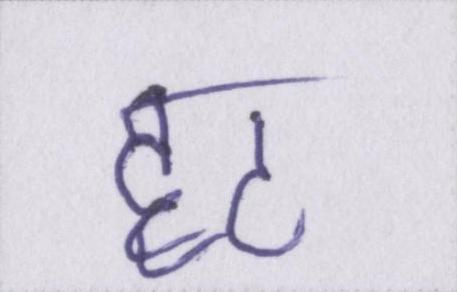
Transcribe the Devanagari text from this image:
हट